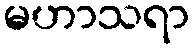
မဟာသရာ